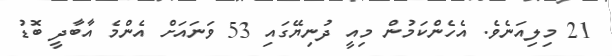
21 މިލިއަނެވެ. އެހެންކަމުން މިއީ ދުނިޔޭގައި 53 ވަނައަށް އެންމެ އާބާދީ ބޮޑު